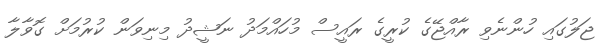
ޖަލުގައި ހުންނެވި ރާއްޖޭގެ ކުރީގެ ރައީސް މުހައްމަދު ނަޝީދު މިނިވަން ކުރުމަށް ގޮވާލާ